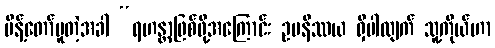
မိန့်တော်မူတဲ့အခါ “ရဟန္တာဖြစ်ဖို့အကြောင်း ဥပနိဿယ ရှိပါလျက် သူ့ကိုယ်ဟာ